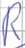
Text: R